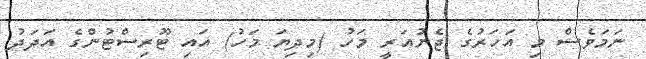
ނަމަވެސް މި އަހަރުގެ ޖެނުއަރީ މަހު (މިދިޔަ މަހު) އައި ޓޫރިސްޓުންގެ އަަދަދު